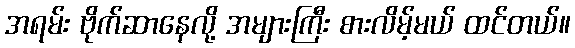
အရမ်း ဗိုက်ဆာနေလို့ အများကြီး စားလိမ့်မယ် ထင်တယ်။